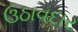
ઉઠાવદાર